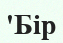
'Бір